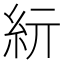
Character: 𥾦